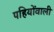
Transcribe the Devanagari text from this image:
पहियोंवाली